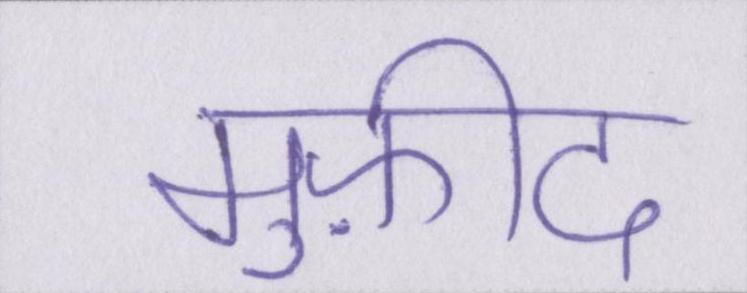
मुफ़ीद